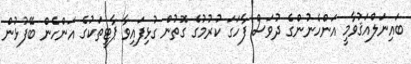
ބައިނަލްއަޤުވާމީ އަންހެނުންގެ ދުވަސް ފާހަގަ ކުރުމުގެ ގޮތުން ގުޅިފައިވާ ޕާޓީތަކުގެ އަންހެން ބޭފުޅުން